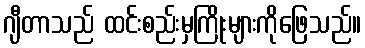
ဂျီတာသည် ထင်းစည်းမှကြိုးများကိုဖြေသည်။